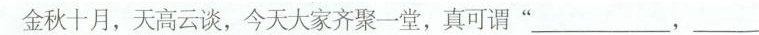
金秋十月，天高云谈，今天大家齐聚一堂，真可谓”___ ___